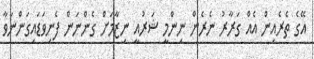
އޭގެ ތެރެއިން އެއް ގަރާރު ނެރެން ނިންމީ ޝަރުއީ ނިޒާމަށް ގެންނަން ފެނިވަޑައިގަންނަވާ